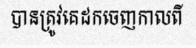
បានត្រូវគេដកចេញកាលពី